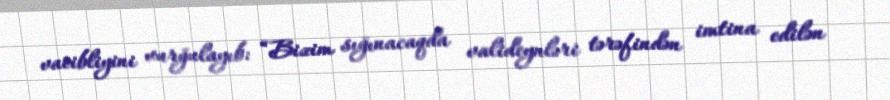
vacibliyini vurğulayıb: “Bizim sığınacaqda valideynləri tərəfindən imtina edilən